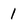
Character: 1